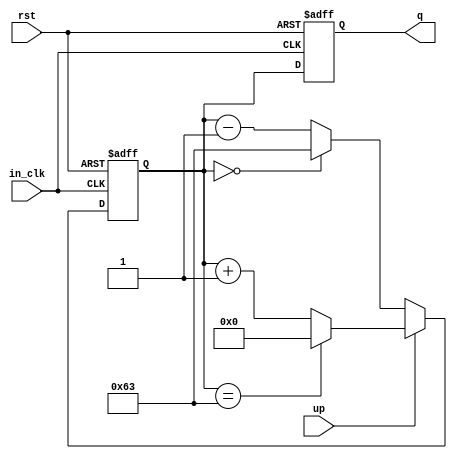
module counter (
    rst,
    up,
    in_clk,
    q
);
  input in_clk, rst, up;

  output [6:0] q;

  reg [6:0] q, temp;

  always @(posedge in_clk or negedge rst) begin
    if (!rst) begin
      temp <= 0;
      q <= 0;
    end else begin
      if (up) begin
        if (temp == 99) temp <= 0;
        else temp <= temp + 1;
      end else begin
        if (temp == 0) temp <= 99;
        else temp <= temp - 1;
      end

      q <= temp;
    end
  end
endmodule